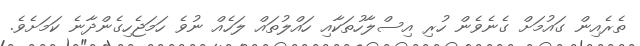
ތެރެއިން ގައުމަށް ގެނެވެން ހުރި އިސްލާހުތަކާއި ހައްލުތައް ލަހެއް ނުވެ ހަމަޖެހިގެންދާނެ ކަމަށެވެ.